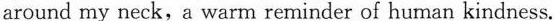
around my neck, a warm reminder of human kindness.